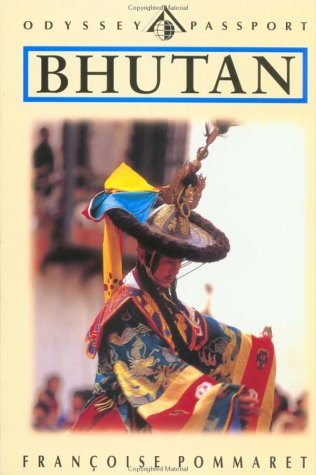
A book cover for Bhutan; FranÃ§oise Pommaret; Travel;